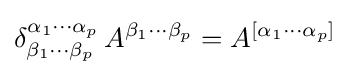
\delta _{\beta _{1}\cdots \beta _{p}}^{\alpha _{1}\cdots \alpha _{p}}\,A^{\beta _{1}\cdots \beta _{p}}=A^{[\alpha _{1}\cdots \alpha _{p}]}